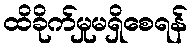
ထိခိုက်မှုမရှိစေရန်